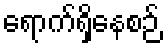
ရောက်ရှိနေစဉ်